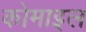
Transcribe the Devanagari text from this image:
कोमाइल